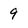
Character: 9